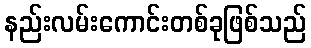
နည်းလမ်းကောင်းတစ်ခုဖြစ်သည်